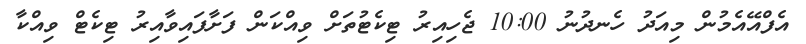
އެފްއޭއެމުން މިއަދު ހެނދުނު 10:00 ޖެހިއިރު ޓިކެޓުތަށް ވިއްކަން ފަށާފައިވާއިރު ޓިކެޓް ވިއްކާ